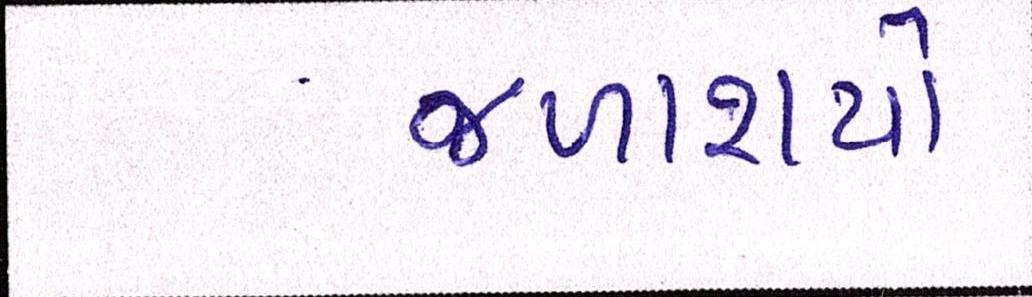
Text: જળાશયો